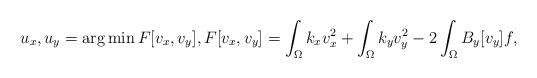
LaTeX: \begin{align*}u_x, u_y = \arg \min F [v_x, v_y], F [v_x, v_y] = \int_{\Omega} k_x v_x ^2 + \int_{\Omega} k_y v_y ^2 - 2 \int_{\Omega} B_y [v_y] f,\end{align*}